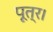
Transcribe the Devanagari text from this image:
पूत्र।